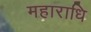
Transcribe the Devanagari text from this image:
महाराधि